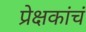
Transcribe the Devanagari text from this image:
प्रेक्षकांचं